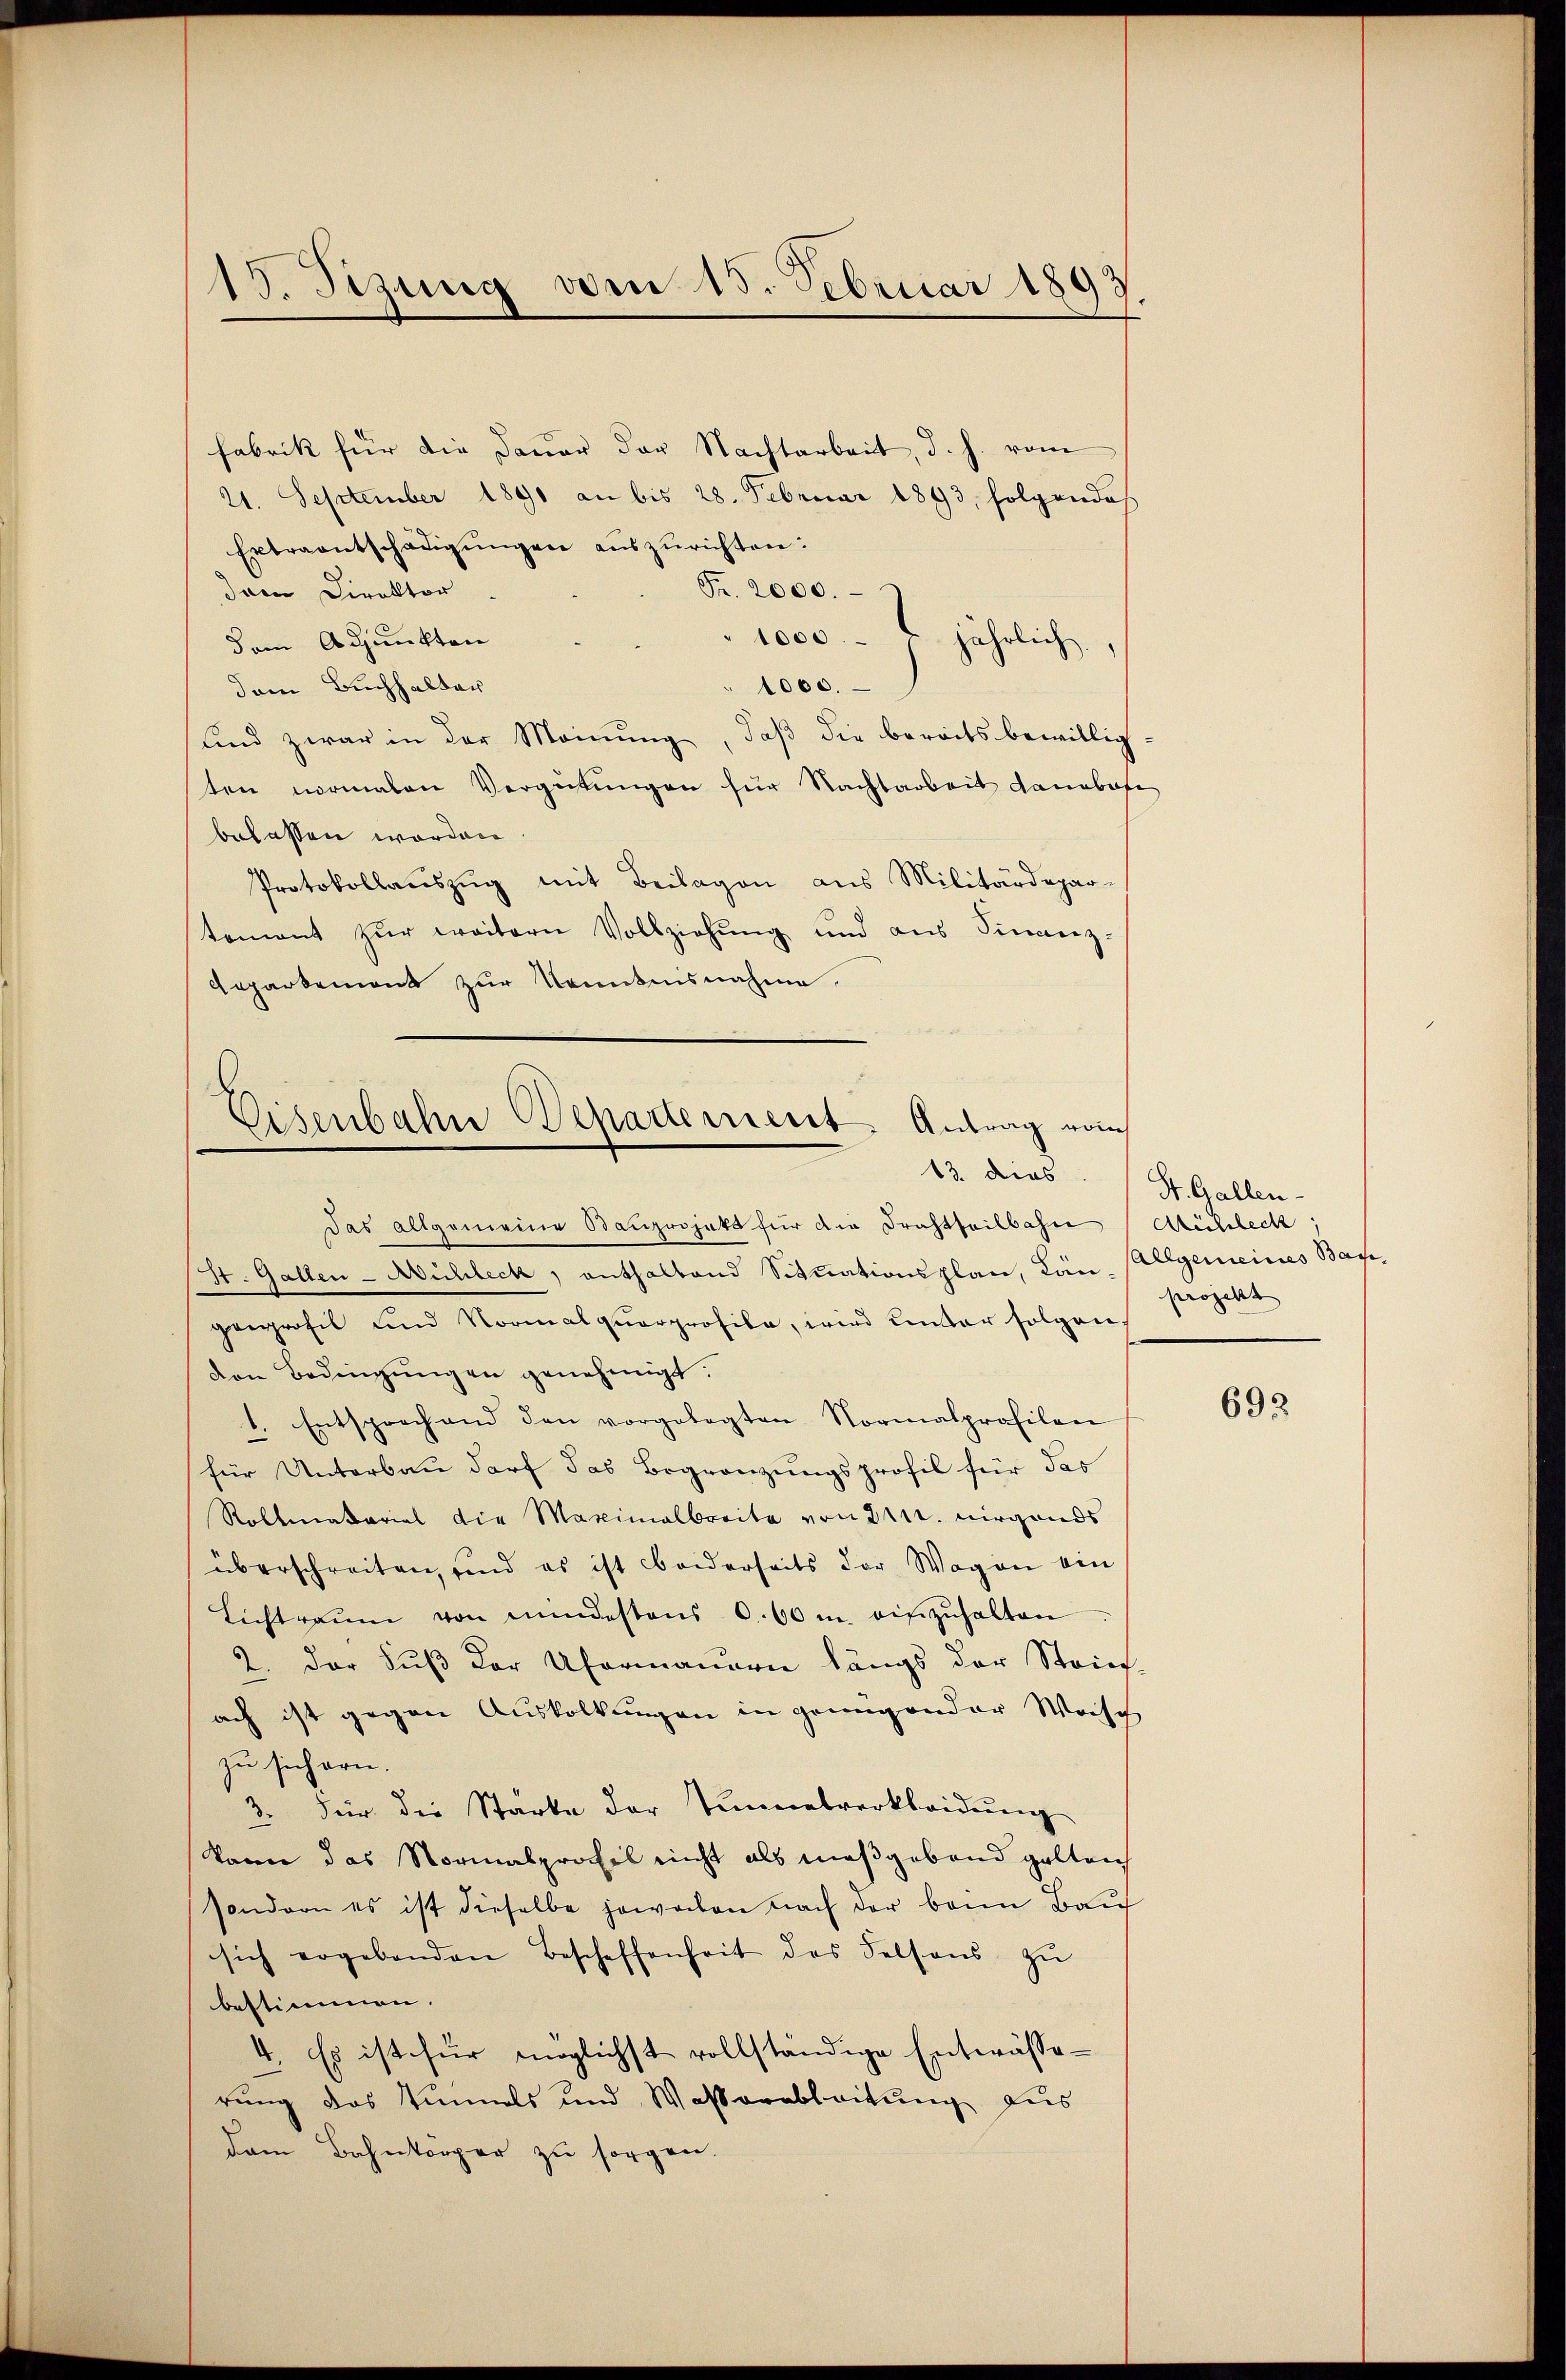
15. Sizung vom 15. Februar 1893

fabrik für die Dauer der Nachtarbeit, d. h. vom
21. September 1891 an bis 28. Februar 1893, folgendes
Extraentschädigŭngen auszurichten:
Jar Direktor
Fr. 2000.
1000. jährlich.
dem Adjunkten
dem Buchhalter
1000.
und zwar in der Meinung, daß die bereits bewilligten normalen Vergütungen für Nachtarbeit dannbafe
belassen worden
Protokollauszug mit Beilagen aus Militärdepar-
tement zur weitere Vollziehung und aus Sinnenz-
Gepartement zur Kenntnisnahme.

Eisenbahn Departement Antrag vom

Das allgemeine Bauprojekt für die Drahtheilbahn Michlech
St. Gallen-Michleck, enthaltend Situationsplan, Län-
gregrofil und Normalquarprofile, wird unter folgen.
von Bedingŭngen genehmigt.
1. Entsprechand den vorgelegten Normalprofilen
für Unterbau darf das Begränzungsprofil für das
Rollmatarial die Maximalbreite von dr. nirgends
überschreiten, und es ist beiderseits der Wagen ein
Lichtraŭm von mindestens 0. 60 m. einzŭhalten
2. der Fuß der Ufermauern längs der Strier-
ach ist gegen Auskolkungen in genügender Weise
zu sichern.
3. Für die Starke der Tunnelverkleidŭng
kane das Normalprofil nicht als maßgebend gelten
sondern es ist dieselbe jewachen nach der bann Bauf
sich ergebenden Beschaffenheit des Felsens zŭ
bestimmen.
4. Es ist für möglichst vollständige Entwässerung des Tunnels und Wasserableitŭng aus
dem Bahnkörper zu sorgen.

13. dies St. Gallen-
Allgemeines Base,
projekt

692